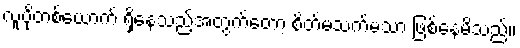
လူပိုတစ်ယောက် ရှိနေသည့်အတွက်တော့ စိတ်မသက်မသာ ဖြစ်နေမိသည်။